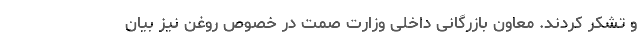
و تشکر کردند. معاون بازرگانی داخلی وزارت صمت در خصوص روغن نیز بیان